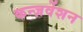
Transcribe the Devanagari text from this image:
कन्ज़र्वेशन